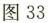
图33